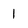
Character: 1